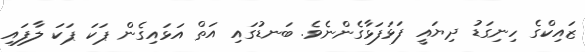
ޒައިކްގެ ހިނިގަޑު ދިޔައީ ފަޅަފަޅާގެންނެވެ. ބަނޑުގައި އަތް އަޅައިގެން ޕަކަ ޕަކަ ލާފައި